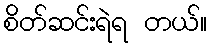
စိတ်ဆင်းရဲရ တယ်။